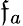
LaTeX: \mathfrak{f}_{a}